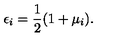
\epsilon _ { i } = \frac { 1 } { 2 } ( 1 + \mu _ { i } ) .